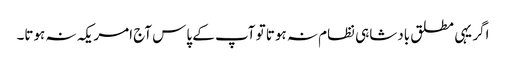
اگر یہی مطلق بادشاہی نظام نہ ہوتا تو آپ کے پاس آج امریکہ نہ ہوتا۔